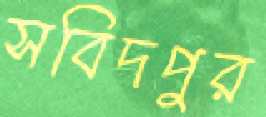
সবিদপুর